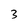
Character: 3